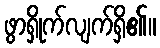
ဖွာရှိုက်လျက်ရှိ၏။